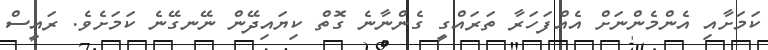
ކަމަށާއި އެންމެންނަށް އެއްފަހަރާ ތަރައްގީ ގެންނާނެ ގޮތް ކިޔައިދޭން ނޭނގޭނެ ކަމަށެވެ. ރައީސް